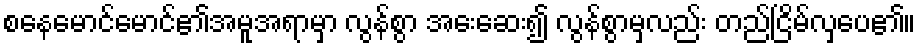
စနေမောင်မောင်၏အမူအရာမှာ လွန်စွာ အေးဆေး၍ လွန်စွာမှလည်း တည်ငြိမ်လှပေ၏။